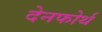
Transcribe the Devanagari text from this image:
देनफोर्थ